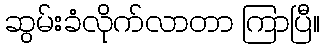
ဆွမ်းခံလိုက်လာတာ ကြာပြီ။